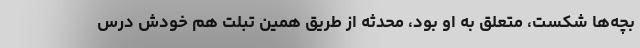
بچه‌ها شکست، متعلق به او بود، محدثه از طریق همین تبلت هم خودش درس